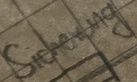
Text: Sicherung